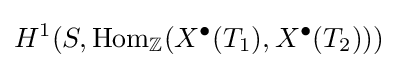
H^{1}(S,\mathrm {Hom} _{\mathbb {Z} }(X^{\bullet }(T_{1}),X^{\bullet }(T_{2})))